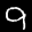
Label: 9